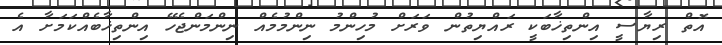
އޮތް ރިޔާސީ އިންތިޚާބަކީ ރައްޔިތުން ވަރަށް މުހިންމު ނިންމުމެއް ނިންމަންޖެހޭ އިންތިޚާބެއްކަމަށާ އެ